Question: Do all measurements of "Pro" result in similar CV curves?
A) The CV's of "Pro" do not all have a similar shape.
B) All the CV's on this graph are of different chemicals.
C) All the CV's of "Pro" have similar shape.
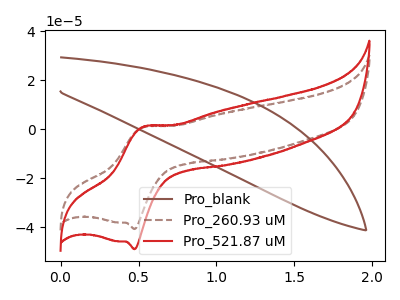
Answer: <think>The brown curve "Pro_blank" has no peaks. The brown dashed curve "Pro_260.93 uM" has an anodic peak at (0.55V, 0.85uA) and a cathodic peak at (0.45V, -40.70uA). The red curve "Pro_521.87 uM" has an anodic peak at (0.55V, 1.00uA) and a cathodic peak at (0.45V, -48.90uA).
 "Pro_blank" and "Pro_260.93 uM" have a different number of peaks. "Pro_blank" and "Pro_521.87 uM" have a different number of peaks. All the peaks in "Pro_260.93 uM" have a peak in "Pro_521.87 uM" at the same potential. Every peak in "Pro_260.93 uM" is lower than every peak in "Pro_521.87 uM".</think>
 <answer>C) All the CV's of "Pro" have similar shape.</answer>
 <eval>C</eval>